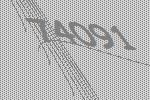
74091